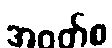
အဝတ်စ